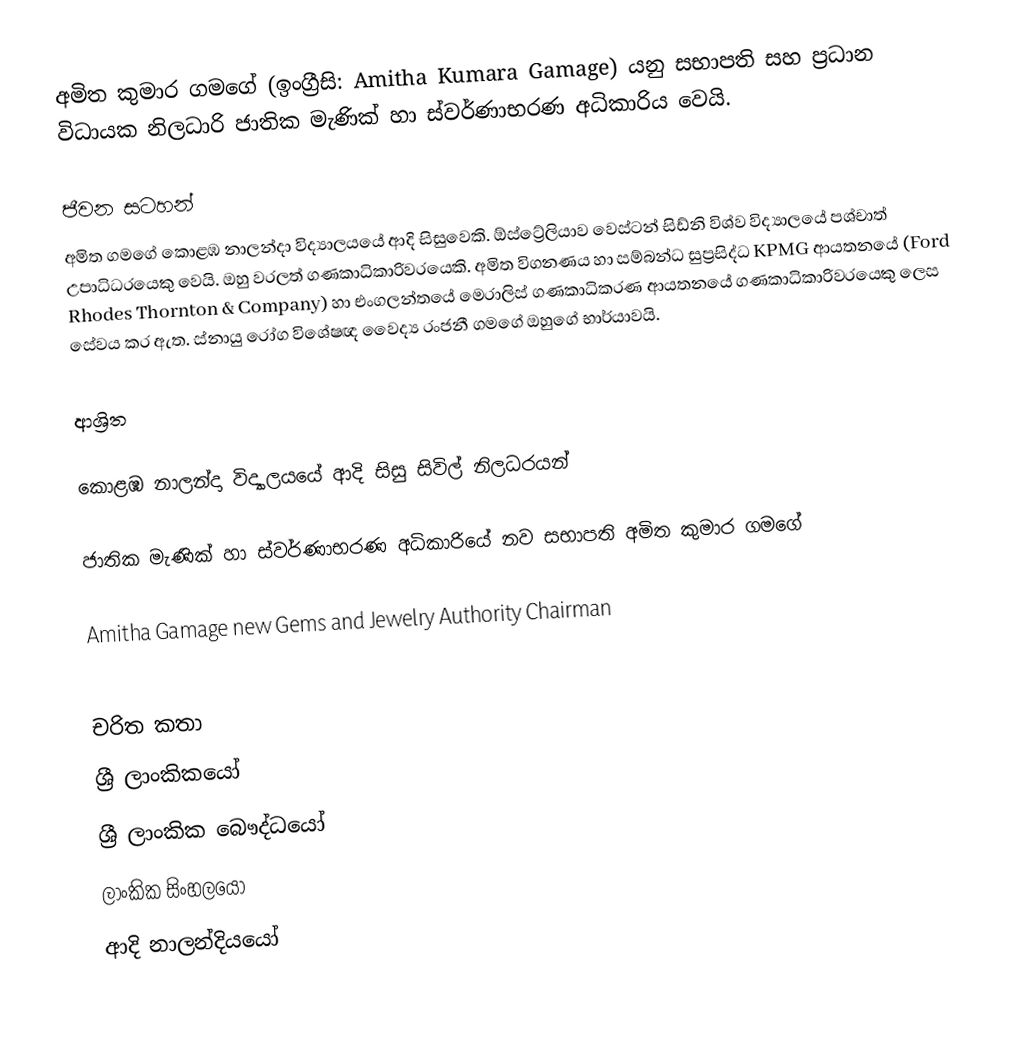
අමිත කුමාර ගමගේ (ඉංග්‍රීසි: Amitha Kumara Gamage) යනු සභාපති සහ ප්‍රධාන විධායක නිලධාරි ජාතික මැණික් හා ස්වර්ණාභරණ අධිකාරිය වෙයි.

ජීවන සටහන්
අමිත ගමගේ  කොළඹ නාලන්දා විද්‍යාලයයේ ආදි සිසුවෙකි. ඕස්ට්‍රේලියාව වෙස්ටන් සිඩ්නි විශ්ව විද්‍යාලයේ පශ්චාත් උපාධිධරයෙකු වෙයි. ඔහු වරලත් ගණකාධිකාරිවරයෙකි. අමිත විගනණය හා සම්බන්ධ සුප්‍රසිද්ධ KPMG ආයතනයේ (Ford Rhodes Thornton & Company) හා එංගලන්තයේ මෙරාලිස් ගණකාධිකරණ ආයතනයේ ගණකාධිකාරිවරයෙකු ලෙස සේවය කර ඇත. ස්නායු රෝග විශේෂඥ වෛද්‍ය රංජනී ගමගේ ඔහුගේ භාර්යාවයි.

ආශ්‍රිත

 කොළඹ නාලන්දා විද්‍යාලයයේ ආදි සිසු සිවිල් නිලධරයන්

 ජාතික මැණික් හා ස්වර්ණාභරණ අධිකාරියේ නව සභාපති අමිත කුමාර ගමගේ

 Amitha Gamage new Gems and Jewelry Authority Chairman

චරිත කතා
ශ්‍රී ලාංකිකයෝ
ශ්‍රී ලාංකික බෞද්ධයෝ
ලාංකික සිංහලයෝ
ආදි නාලන්දියයෝ